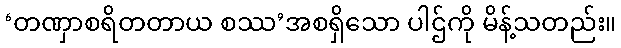
‘တဏှာစရိတတာယ စဿ’အစရှိသော ပါဌ်ကို မိန့်သတည်း။